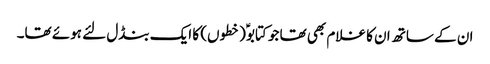
ان کے ساتھ ان کا غلام بھی تھا جو کتابوؑ (خطوں) کا ایک بنڈل لئے ہوئے تھا۔